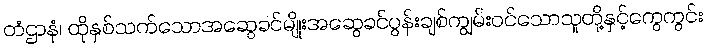
တံဌာနံ၊ ထိုနှစ်သက်သောအဆွေခင်မျိုးအဆွေခင်ပွန်းချစ်ကျွမ်းဝင်သောသူတို့နှင့်ကွေကွင်း